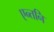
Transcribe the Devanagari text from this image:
एन्तनि